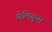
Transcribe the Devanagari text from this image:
सेलिबुया